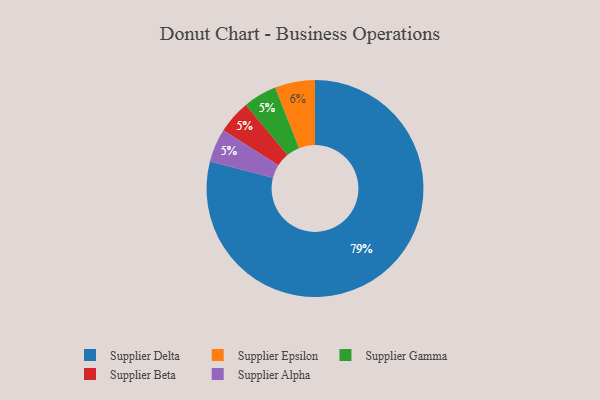
{"axis": {"x": "Category", "y": "Percentage"}, "legend": ["Supplier Alpha", "Supplier Beta", "Supplier Delta", "Supplier Epsilon", "Supplier Gamma"], "data": [{"x": "Supplier Gamma", "y": 5, "type": "Supplier Gamma"}, {"x": "Supplier Delta", "y": 79, "type": "Supplier Delta"}, {"x": "Supplier Epsilon", "y": 6, "type": "Supplier Epsilon"}, {"x": "Supplier Beta", "y": 5, "type": "Supplier Beta"}, {"x": "Supplier Alpha", "y": 5, "type": "Supplier Alpha"}]}